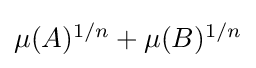
{\textstyle \mu (A)^{1/n}+\mu (B)^{1/n}}